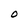
Character: 0